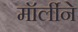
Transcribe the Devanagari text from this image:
मॉर्लीने